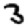
Digit: 3